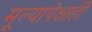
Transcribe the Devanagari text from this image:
मूल्यापेक्षाही